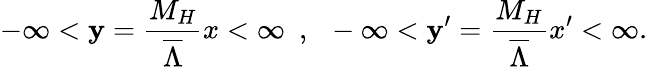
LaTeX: -\infty<\mathbf{y}={\frac{{M_{H}}}{{\overline{{{{\Lambda}}}}}}}x<\infty~~,~~-\infty<\mathbf{y}^{\prime}={\frac{{M_{H}}}{{\overline{{{{\Lambda}}}}}}}x^{\prime}<\infty.